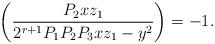
LaTeX: \begin{align*}\left(\frac{P_2xz_1}{2^{r+1}P_1P_2P_3xz_1-y^2}\right) = -1.\end{align*}